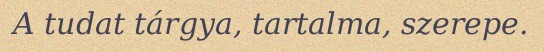
A tudat tárgya, tartalma, szerepe.